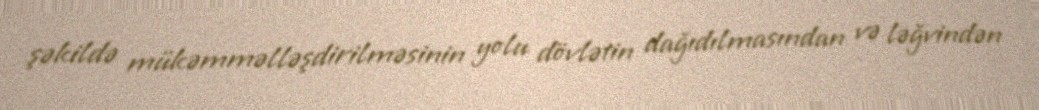
şəkildə mükəmməlləşdirilməsinin yolu dövlətin dağıdılmasından və ləğvindən